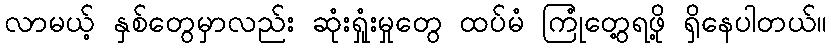
လာမယ့် နှစ်တွေမှာလည်း ဆုံးရှုံးမှုတွေ ထပ်မံ ကြုံတွေ့ရဖို့ ရှိနေပါတယ်။